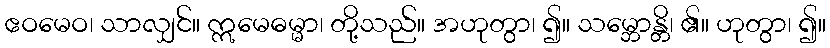
ဧဝမေဝ၊ သာလျှင်။ ဣမေဓမ္မာ၊ တို့သည်။ အဟုတွာ၊ ၍။ သမ္ဘောန္တိ၊ ၏။ ဟုတွာ၊ ၍။